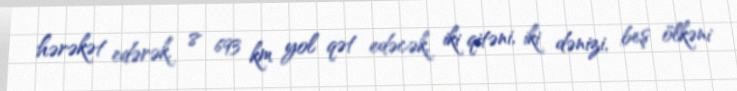
hərəkət edərək, 8 693 km yol qət edəcək, iki qitəni, iki dənizi, beş ölkəni